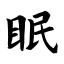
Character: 眠